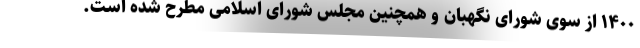
۱۴۰۰ از سوی شورای نگهبان و همچنین مجلس شورای اسلامی مطرح شده است.